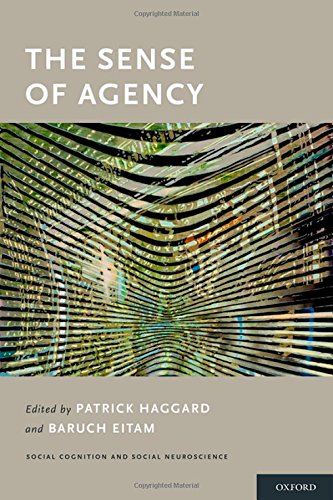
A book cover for The Sense of Agency (Social Cognition and Social Neuroscience); Law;